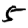
Digit: 5